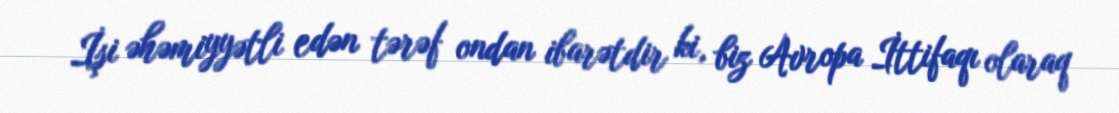
İşi əhəmiyyətli edən tərəf ondan ibarətdir ki, biz Avropa İttifaqı olaraq